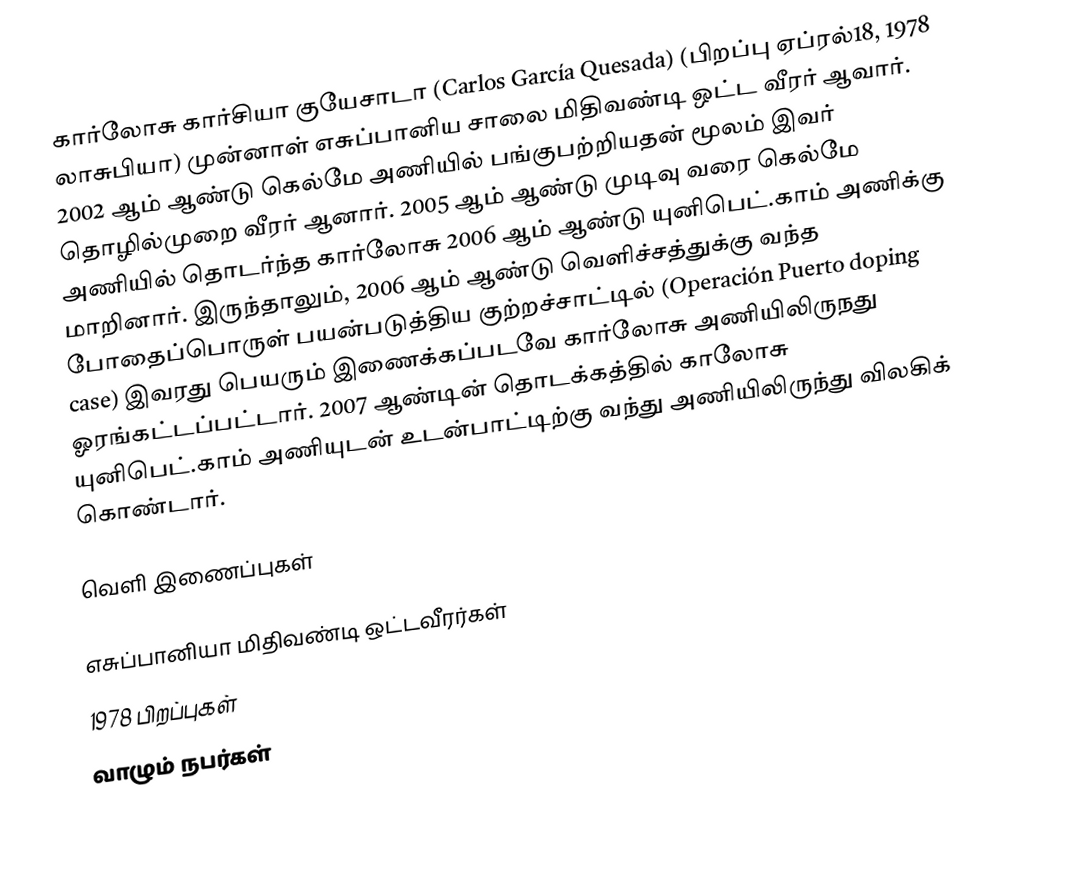
கார்லோசு கார்சியா குயேசாடா  (Carlos García Quesada) (பிறப்பு ஏப்ரல்18, 1978 லாசுபியா) முன்னாள் எசுப்பானிய சாலை மிதிவண்டி ஒட்ட வீரர் ஆவார். 2002 ஆம் ஆண்டு கெல்மே அணியில் பங்குபற்றியதன் மூலம் இவர் தொழில்முறை வீரர் ஆனார். 2005 ஆம் ஆண்டு முடிவு வரை கெல்மே அணியில் தொடர்ந்த கார்லோசு 2006 ஆம் ஆண்டு யுனிபெட்.காம் அணிக்கு மாறினார். இருந்தாலும், 2006 ஆம் ஆண்டு வெளிச்சத்துக்கு வந்த போதைப்பொருள் பயன்படுத்திய குற்றச்சாட்டில் (Operación Puerto doping case) இவரது பெயரும் இணைக்கப்படவே கார்லோசு அணியிலிருநது ஓரங்கட்டப்பட்டார். 2007 ஆண்டின் தொடக்கத்தில் காலோசு யுனிபெட்.காம் அணியுடன் உடன்பாட்டிற்கு வந்து அணியிலிருந்து விலகிக் கொண்டார்.

வெளி இணைப்புகள்

எசுப்பானியா மிதிவண்டி ஒட்டவீரர்கள்
1978 பிறப்புகள்
வாழும் நபர்கள்